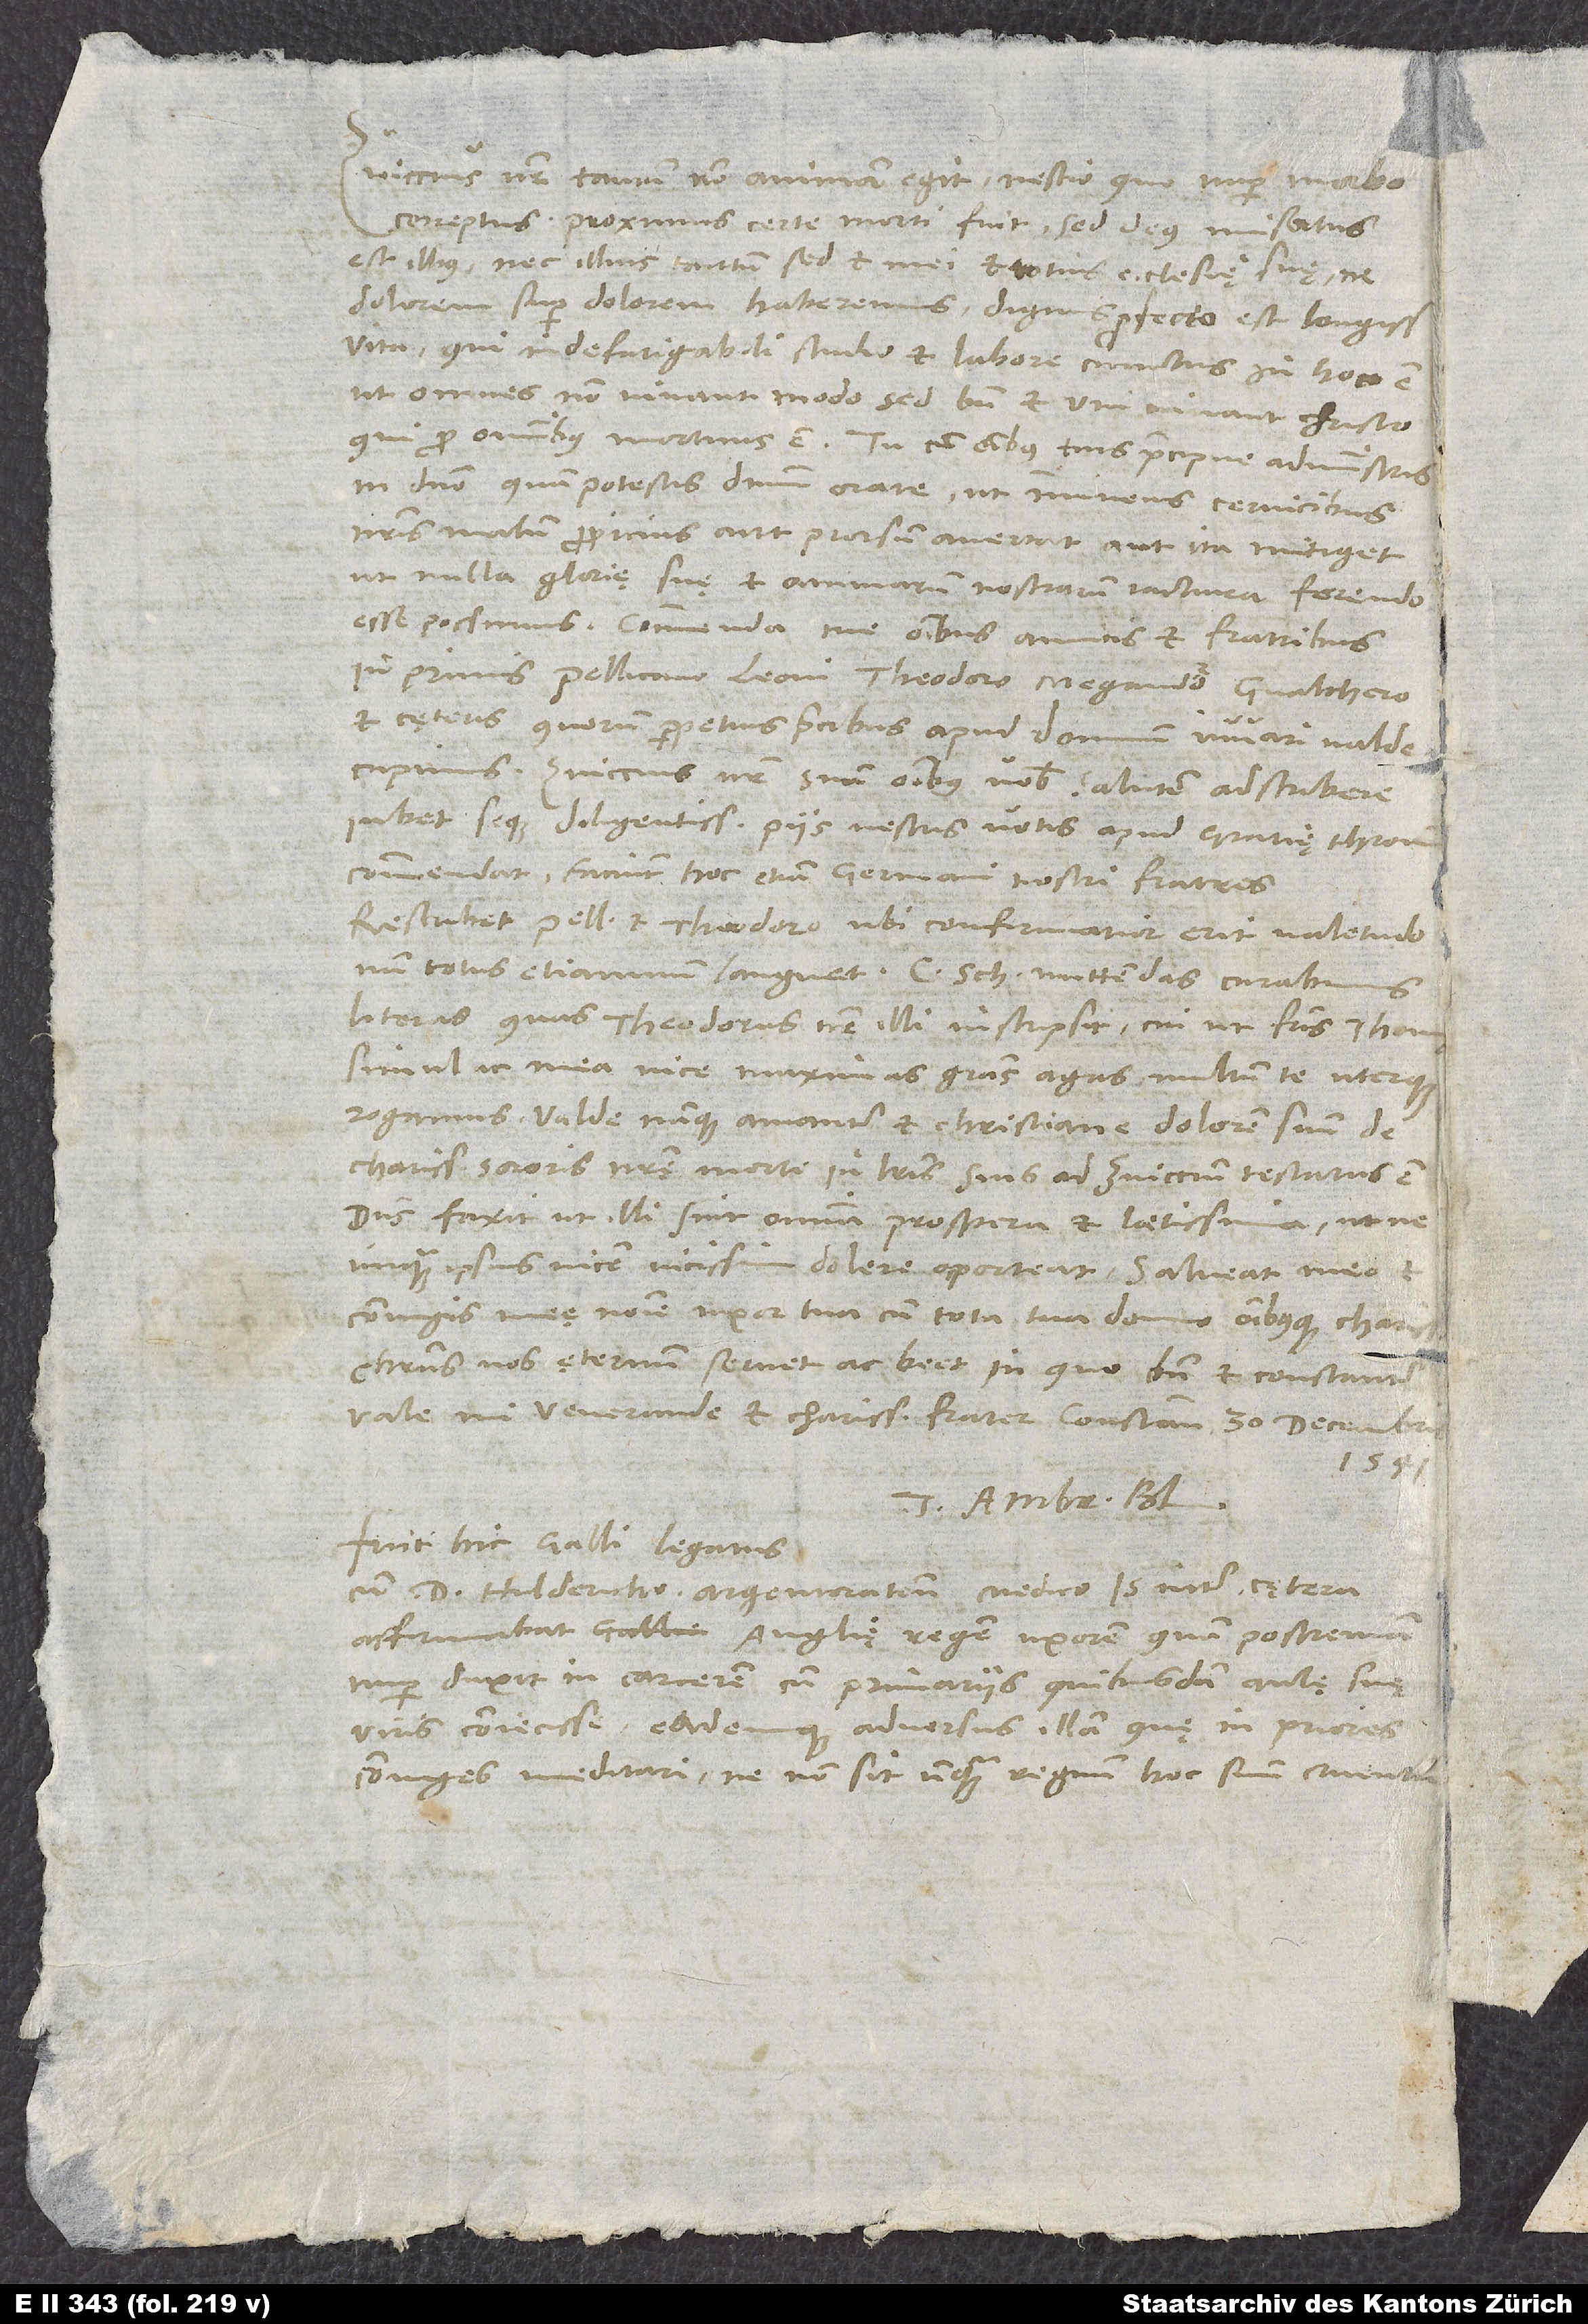
Zviccius noster tantum non animam egit; nescio quo nuper morbo
correptus proximus certe morti fuit. Sed deus misertus
est illius nec illius tantum, sed et mei et totius ecclesię suę, ne
vita, qui indefatigabili studio et labore cunctus in hoc esse
inprimis Pellicano, Leoni, Theodoro, Megandro, Gvalthero
et cęteris, quorum perpetuis precibus apud dominum iuvari valde
cupimus. Zviccius noster suam omnibus vobis salutem adscribere
iubet seque diligentissime piis vestris votis apud gratię thro
Tuus Ambr. Bl.
Fuit hic Galli legatus
cum d. Huldericho, Argentoratensi medico. Is inter cętera
affirmabat Anglię regem uxorem, quam postrem.